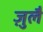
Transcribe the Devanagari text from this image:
ज़ुलै